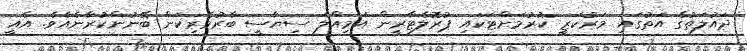
ދައުލަތުގެ އަތުގައި މަރުކަޒީ ކުރުމަށްޓަކައި ޕުރޮލެޓާރީން އަމިއްލަ ސިޔާސީ ބާރުވެރިކަން ބޭނުންކުރާނެއެވެ. އެއީ